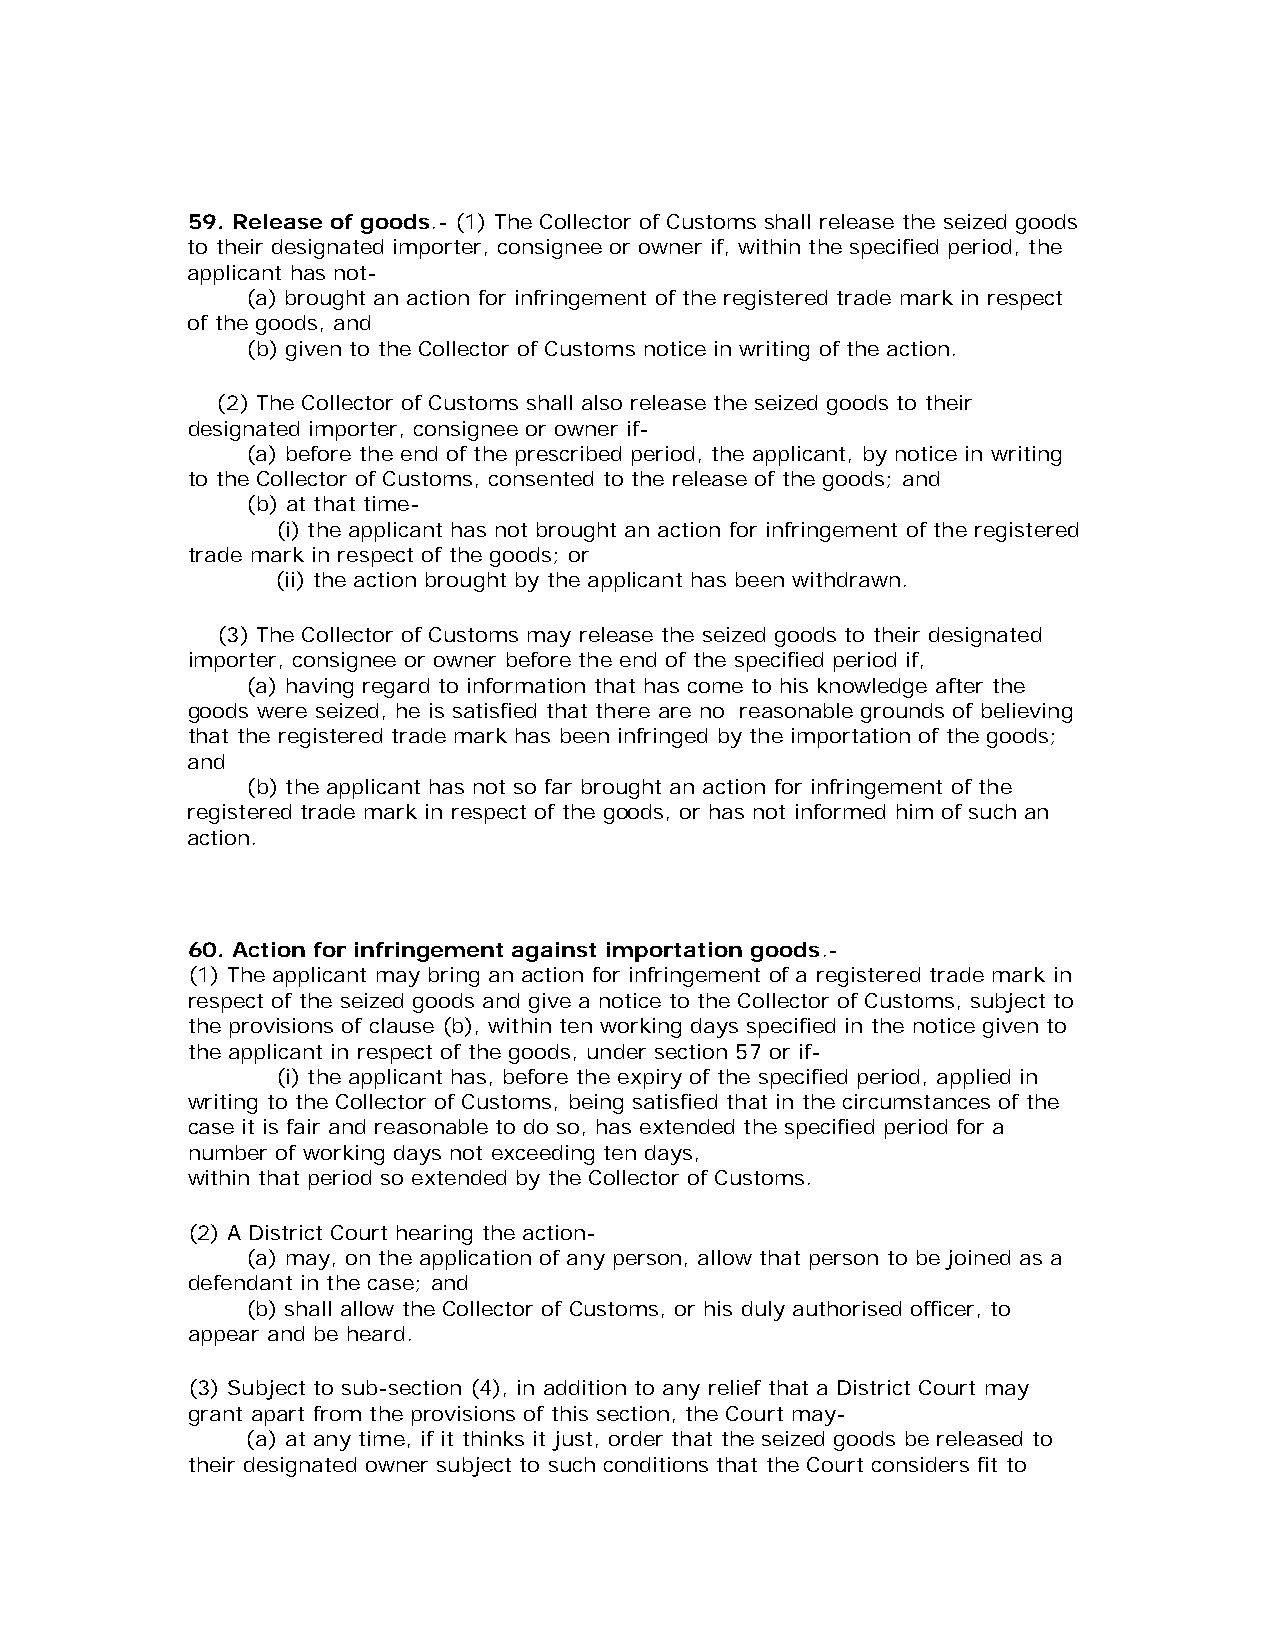
59. Release of goods.- (1) The Collector of Customs shall release the seized goods
 to their designated importer, consignee or owner if, within the specified period, the
 applicant has not-
 (a) brought an action for infringement of the registered trade mark in respect
 of the goods, and
 (b) given to the Collector of Customs notice in writing of the action.
 (2) The Collector of Customs shall also release the seized goods to their
 designated importer, consignee or owner if-
 (a) before the end of the prescribed period, the applicant, by notice in writing
 to the Collector of Customs, consented to the release of the goods; and
 (b) at that time-
 (i) the applicant has not brought an action for infringement of the registered
 trade mark in respect of the goods; or
 (ii) the action brought by the applicant has been withdrawn.
 (3) The Collector of Customs may release the seized goods to their designated
 importer, consignee or owner before the end of the specified period if,
 (a) having regard to information that has come to his knowledge after the
 goods were seized, he is satisfied that there are no reasonable grounds of believing
 that the registered trade mark has been infringed by the importation of the goods;
 and
 (b) the applicant has not so far brought an action for infringement of the
 registered trade mark in respect of the goods, or has not informed him of such an
 action.
 60. Action for infringement against importation goods.-
 (1) The applicant may bring an action for infringement of a registered trade mark in
 respect of the seized goods and give a notice to the Collector of Customs, subject to
 the provisions of clause (b), within ten working days specified in the notice given to
 the applicant in respect of the goods, under section 57 or if-
 (i) the applicant has, before the expiry of the specified period, applied in
 writing to the Collector of Customs, being satisfied that in the circumstances of the
 case it is fair and reasonable to do so, has extended the specified period for a
 number of working days not exceeding ten days,
 within that period so extended by the Collector of Customs.
 (2) A District Court hearing the action-
 (a) may, on the application of any person, allow that person to be joined as a
 defendant in the case; and
 (b) shall allow the Collector of Customs, or his duly authorised officer, to
 appear and be heard.
 (3) Subject to sub-section (4), in addition to any relief that a District Court may
 grant apart from the provisions of this section, the Court may-
 (a) at any time, if it thinks it just, order that the seized goods be released to
 their designated owner subject to such conditions that the Court considers fit to